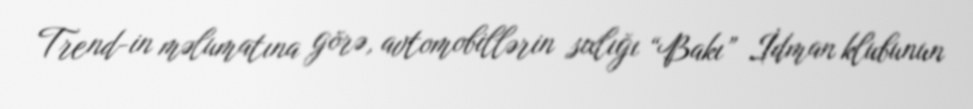
Trend-in məlumatına görə, avtomobillərin sıxlığı “Bakı” İdman klubunun